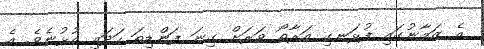
އެ ޒަމާނުގައި ފުޅަނގި އަރާތޯ ވަރަށް ގިނަ ފަންޑިތަ ހަދައި އުޅުނެވެ. އެ